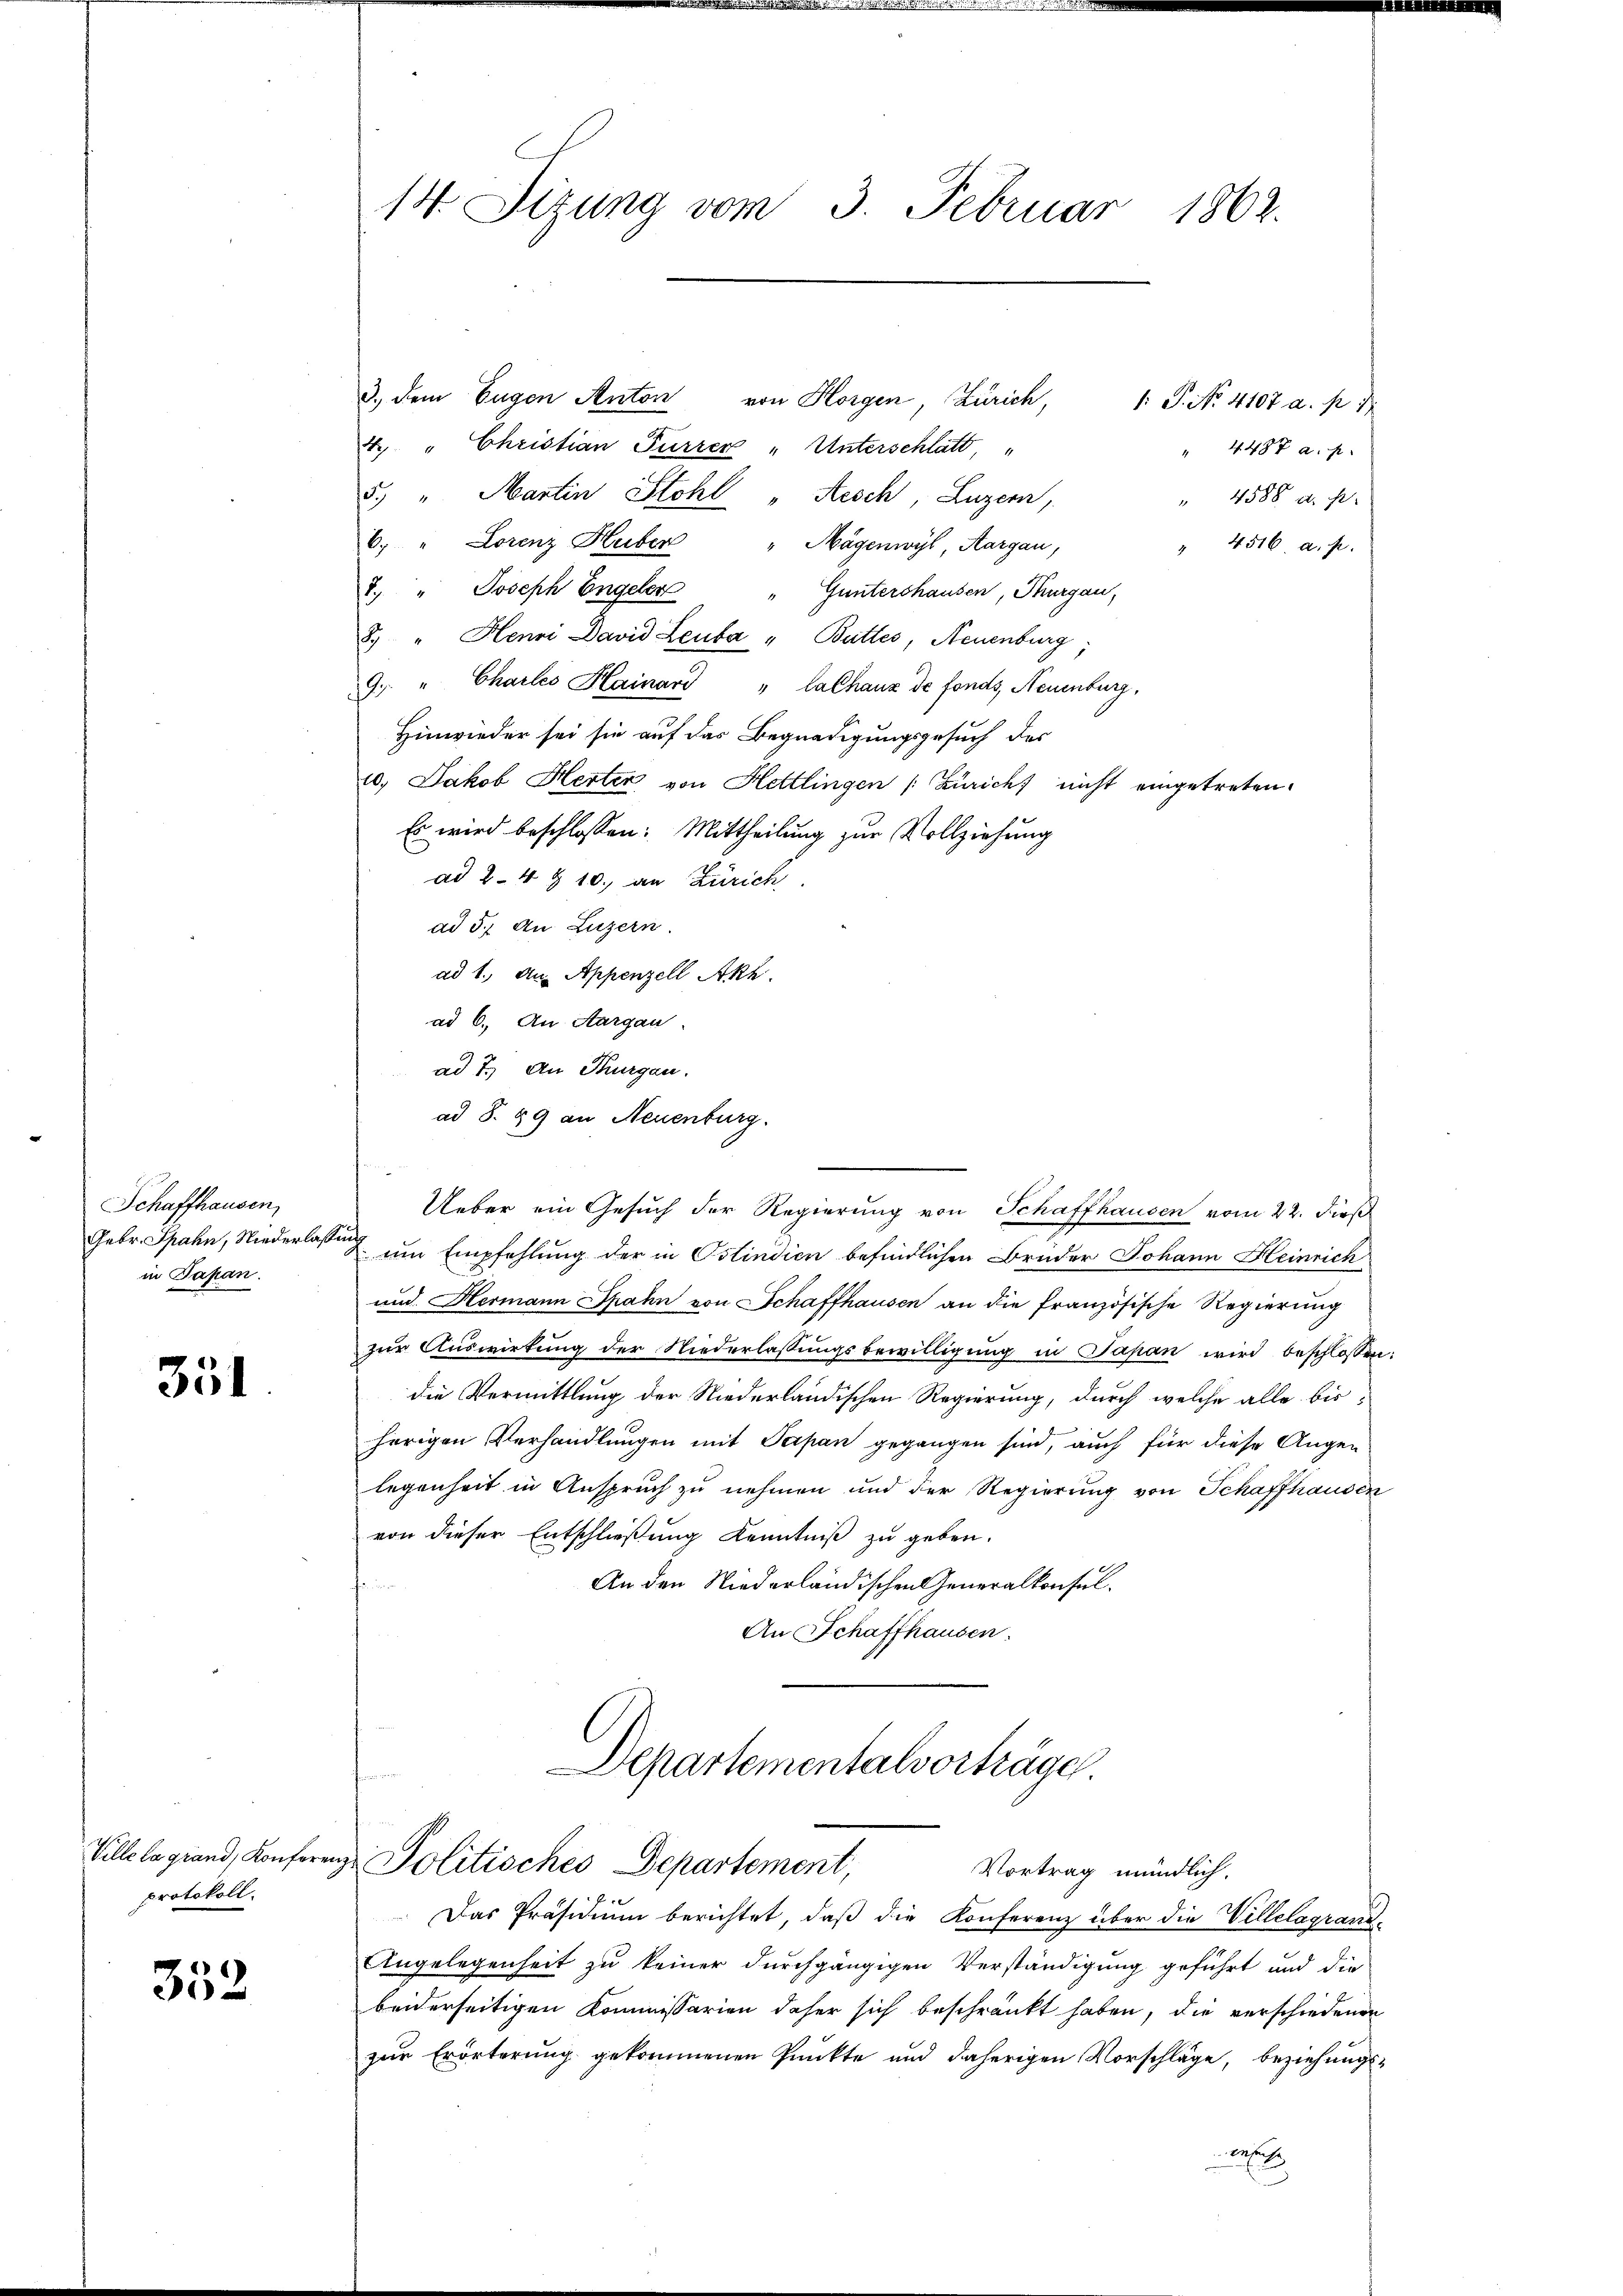
Schaffhausen,
Febr. Spahn, Niederlaß
in Papan.

351

Ville la grand, Konfere
protokoll.

352

14. Sizung vom 3. Februar 1862.

3. dem Eugen Anton von Horgen, Zürich, 1: P. No. 4107 a. p. 1
4. " Christian Furrer „Unterschlatt"
5. " Martin Stohl "Aesch, Luzern,
6. " Lorenz Huber
Mägenwyl, Aargau,
4516 a. p.
7. " Joseph Engeler " Guntershausen, Thurgau,
2) " Henri David Leuba " Buttes, Neuenburg;
9. " Charles Hainard "CaChaux de fonds, Neuenburg,
Hinwieder sei sie auf das Begnadigungsgesuch des
c. Jakob Herter von Hettlingen (Zürich nicht eingetreten.
Es wird beschlossen: Mittheilung zur Vollziehung
ad 24 § 10. an Zürich
ad 5. An Luzern.
ad 1. An Appenzell Akh.
ad 6. An Aargau.
ad 2.) An Thurgau.
ad §. 89 an Neuenburg.
Ueber ein Gesuch der Regierung von Schaffhausen vom 22. dieß
um Empfehlung der in Ostindien befindlichen Brüder Johann Heinrich
und Hermann Spahn von Schaffhausen an die französische Regierung
zur Auswirkung der Niederlassungsbewilligung in Japan wird beschlossen:
die Vermittlung der Niederländischen Regierung, durch welche alle bisherigen Verhandlungen mit Papan gegangen sind, auch für diese Augen
legenheit in Anspruch zu nehmen und der Regierung von Schaffhausen
von dieser Entschließung Kenntniß zu geben.
An den Niederländischen Generalkonsul¬
An Schaffhausen.

" 4487 a. p.
" 4588 a. p.

Departementalvorträge.
i Politisches Departement,
Vortrag mündlich.

Das Präsidium berichtet, daß die Konferenz über die Villelagrand¬
Angelegenheit zu keiner durchgängigen Verständigung geführt und die
beiderseitigen Kommissarien daher sich beschränkt haben, die verschiedenen
zur Erörterung gekommenen Punkte und daherigen Vorschläge, beziehungs-
e